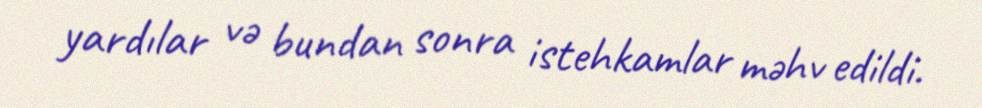
yardılar və bundan sonra istehkamlar məhv edildi.